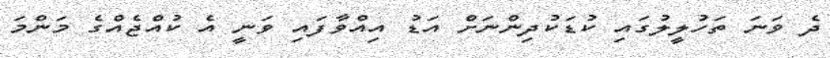
ދެ ވަނަ ތަހުލީލުގައި ކުޑަކުދިންނަށް އަޑު އިއްވާފައި ވަނީ އެ ކުއްޖެއްގެ މަންމަ